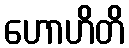
ဟောဟိတိ